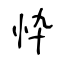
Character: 忰